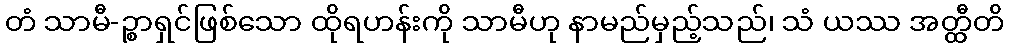
တံ သာမီ-ဉ္စာရှင်ဖြစ်သော ထိုရဟန်းကို သာမီဟု နာမည်မှည့်သည်၊ သံ ယဿ အတ္ထီတိ